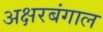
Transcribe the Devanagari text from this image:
अक्षरबंगाल